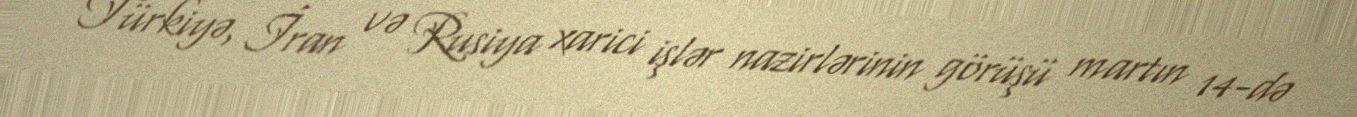
Türkiyə, İran və Rusiya xarici işlər nazirlərinin görüşü martın 14-də